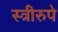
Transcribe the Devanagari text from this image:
स्त्रीरुपे